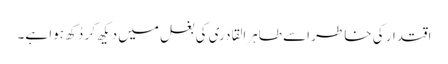
اقتدار کی خاطر اسے طاہرالقادری کی بغل میں دیکھ کر دُکھ ہوا ہے۔